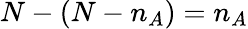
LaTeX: N-(N-n_{A})=n_{A}